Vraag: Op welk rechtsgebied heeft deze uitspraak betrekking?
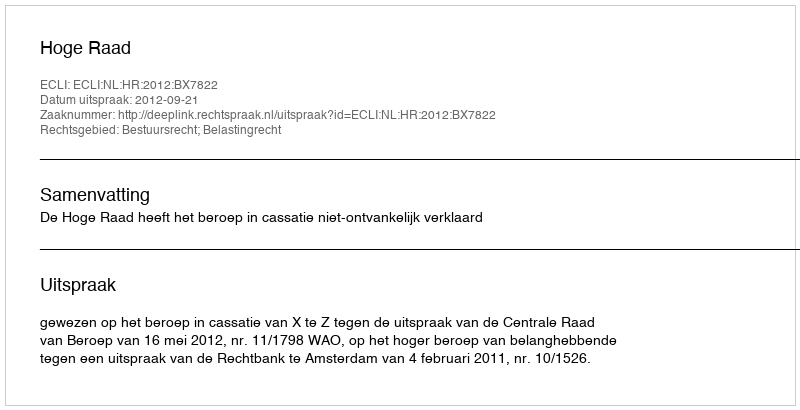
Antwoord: Bestuursrecht; Belastingrecht